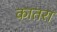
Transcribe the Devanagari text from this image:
कातरा